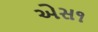
એસ૧